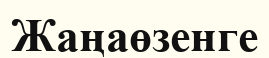
Жаңаөзенге